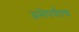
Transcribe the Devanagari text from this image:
असेपर्यंतच